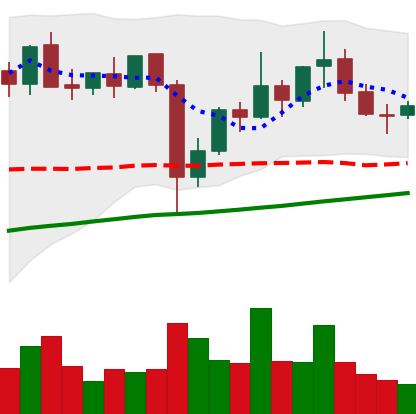
Ticker: XLM-USD
Chart end date: 2021-11-07
Forward return: 4.415%
Label: up_3_5